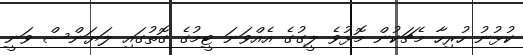
ކުޅުނު ހުރިހާ މެޗަކުން މޮޅުވެ ލީގުގެ އެއްވަނަ ޓީމުގެ ގޮތުގައި ލަޔަންސް ވަނީ